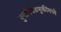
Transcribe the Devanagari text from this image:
पुनर्निवडणुकींमध्ये